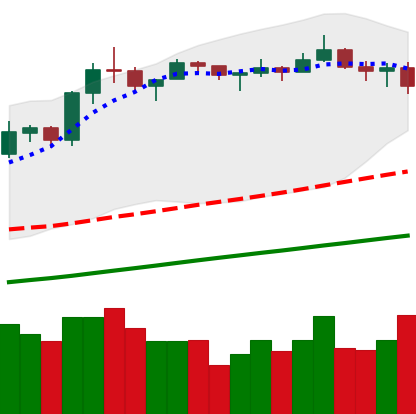
Ticker: LTC-USD
Chart end date: 2019-06-26
Forward return: -6.614%
Label: down_5_7